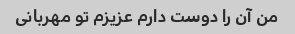
من آن را دوست دارم عزیزم تو مهربانی